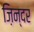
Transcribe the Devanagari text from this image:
ज़िन्दर